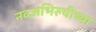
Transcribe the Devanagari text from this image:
नवअभिरुचीच्या